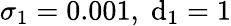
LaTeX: \sigma_{1}=0.001,\; \mathrm{d}_{1}=1